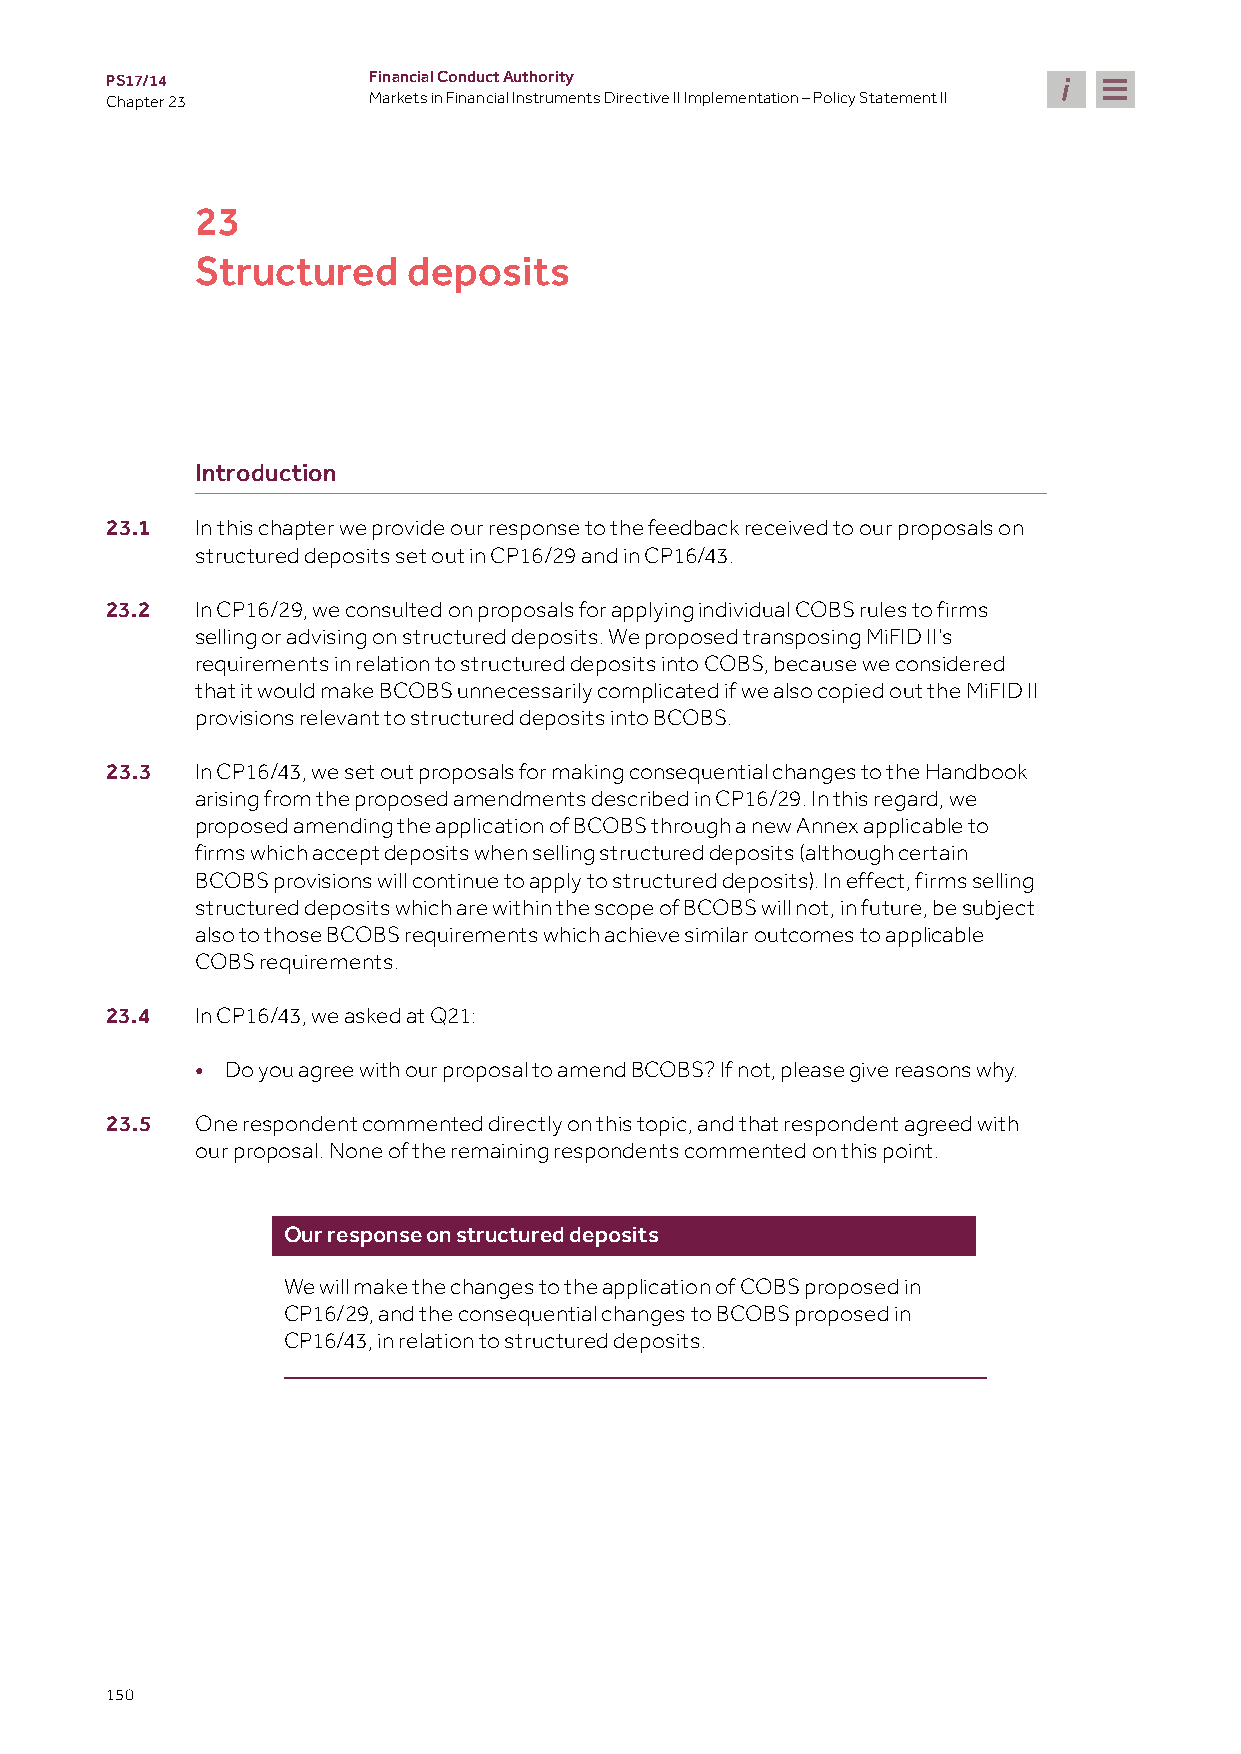
PS17/14          Financial Conduct Authority
 Chapter 23       Markets in Financial Instruments Directive II Implementation – Policy Statement II
 23
 Structured    deposits
 Introduction
 23.1  In this chapter we provide our response to the feedback received to our proposals on
 structured deposits set out in CP16/29 and in CP16/43.
 23.2  In CP16/29, we consulted on proposals for applying individual COBS rules to firms
 selling or advising on structured deposits. We proposed transposing MiFID II’s
 requirements in relation to structured deposits into COBS, because we considered
 that it would make BCOBS unnecessarily complicated if we also copied out the MiFID II
 provisions relevant to structured deposits into BCOBS.
 23.3  In CP16/43, we set out proposals for making consequential changes to the Handbook
 arising from the proposed amendments described in CP16/29. In this regard, we
 proposed amending the application of BCOBS through a new Annex applicable to
 firms which accept deposits when selling structured deposits (although certain
 BCOBS provisions will continue to apply to structured deposits). In effect, firms selling
 structured deposits which are within the scope of BCOBS will not, in future, be subject
 also to those BCOBS requirements which achieve similar outcomes to applicable
 COBS requirements.
 23.4  In CP16/43, we asked at Q21:
 • Do you agree with our proposal to amend BCOBS? If not, please give reasons why.
 23.5  One respondent commented directly on this topic, and that respondent agreed with
 our proposal. None of the remaining respondents commented on this point.
 Our response on structured deposits
 We will make the changes to the application of COBS proposed in
 CP16/29, and the consequential changes to BCOBS proposed in
 CP16/43, in relation to structured deposits.
 150